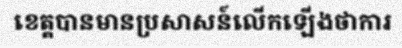
ខេត្តបានមានប្រសាសន៍លើកឡើងថាការ